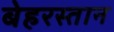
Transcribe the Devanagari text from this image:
बेहरस्तान